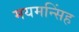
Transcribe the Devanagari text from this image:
मयमन्सिंह